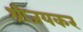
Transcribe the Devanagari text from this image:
श्रीजयकर